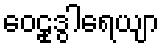
ဝေဠုဒွါရေယျာ